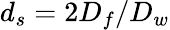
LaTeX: d_{s}=2D_{f}/D_{w}